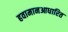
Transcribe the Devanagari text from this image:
हवामानआधारित